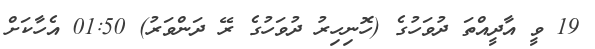
19 ވީ އާދީއްތަ ދުވަހުގެ (ހޮނިހިރު ދުވަހުގެ ރޭ ދަންވަރު) 01:50 އެހާކަށް